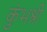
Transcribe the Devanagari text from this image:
कुंभश्री